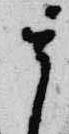
其